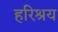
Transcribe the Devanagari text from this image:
हरिश्रय